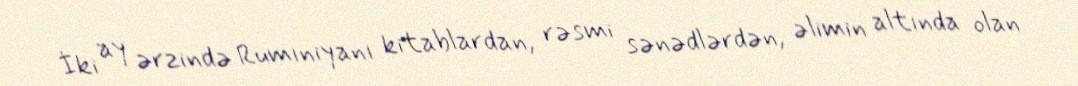
İki ay ərzində Rumıniyanı kitablardan, rəsmi sənədlərdən, əlimin altında olan